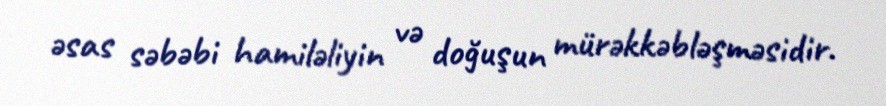
əsas səbəbi hamiləliyin və doğuşun mürəkkəbləşməsidir.